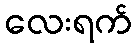
လေးရက်